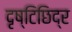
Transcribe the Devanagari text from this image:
दृष्टिछिद्र